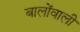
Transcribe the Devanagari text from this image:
बालोंवाली